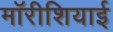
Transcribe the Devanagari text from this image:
मॉरीशियाई